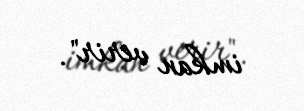
imkan verir".